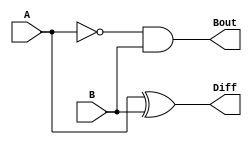
`timescale 1ns / 1ps

module Half_subtractor(
    input A,
    input B,
    output reg Diff,
    output reg Bout
    );
 
 always @ (A or B) begin 
 Diff= A^B;
 Bout= ~A & B; 
 end
endmodule